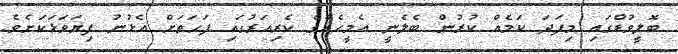
ބޮލީވުޑްގައި މިފަދަ ކަމެއް ކުރުން ބެލެނީ އެމީހެއްގެ ކެރިއަރުގައި ފަހަތަށް އެޅުނު ފިޔަވަޅަކަށެވެ.